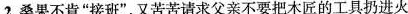
2.桑果不肯”接班”，又苦苦请求父亲不要把木匠的工具扔进火